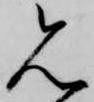
見